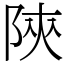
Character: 陝